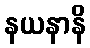
နယနာနိ